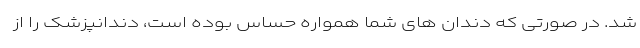
شد. در صورتی که دندان های شما همواره حساس بوده است، دندانپزشک را از